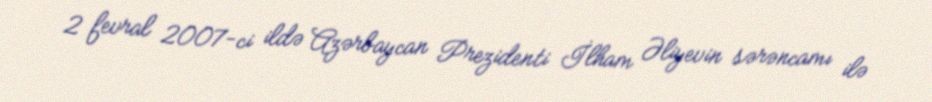
2 fevral 2007-ci ildə Azərbaycan Prezidenti İlham Əliyevin sərəncamı ilə